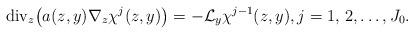
LaTeX: \begin{align*}\mathrm{div}_z\big(a(z,y)\nabla_z \chi^j(z,y)\big)=-\mathcal{L}_y\chi^{j-1}(z,y), j=1,\,2,\ldots,J_0.\end{align*}